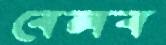
বেলব